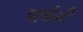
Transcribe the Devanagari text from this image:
पार्कही